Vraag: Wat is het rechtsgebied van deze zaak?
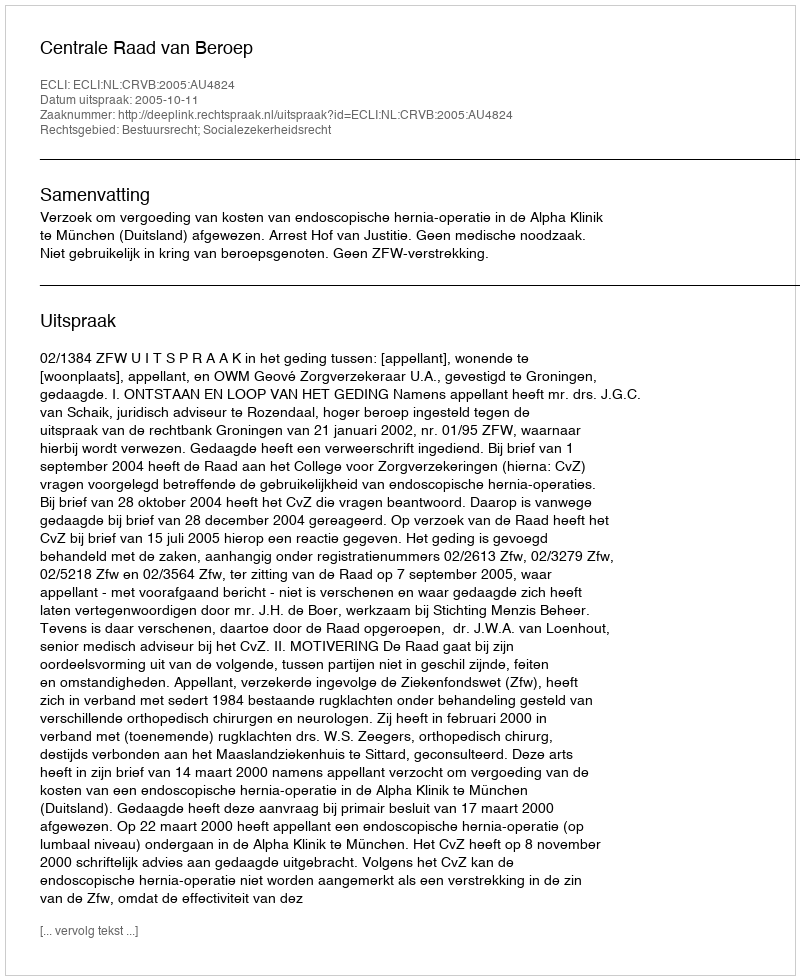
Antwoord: Bestuursrecht; Socialezekerheidsrecht